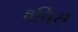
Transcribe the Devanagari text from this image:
वर्घिस